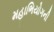
મહાભિયોગની